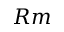
R m